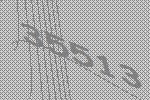
35513